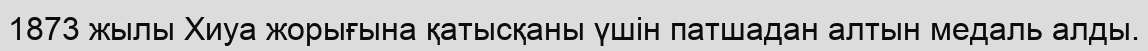
1873 жылы Хиуа жорығына қатысқаны үшін патшадан алтын медаль алды.